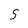
Character: S